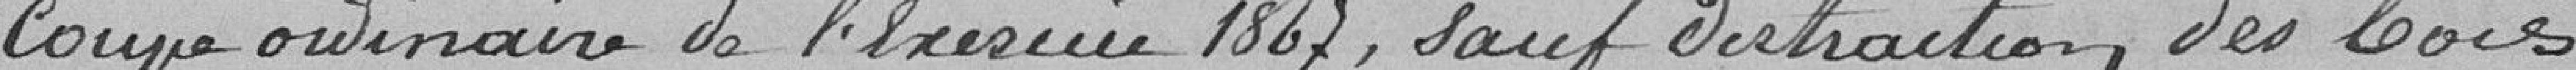
coupe ordinaire de l'exercice 1867, sauf distraction des bois